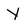
Character: Y